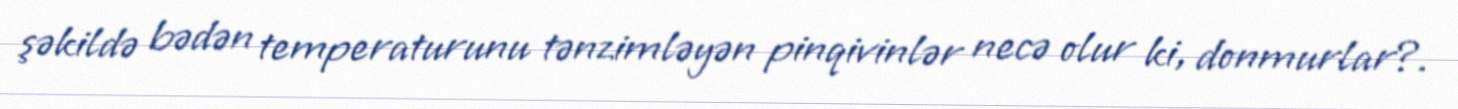
şəkildə bədən temperaturunu tənzimləyən pinqivinlər necə olur ki, donmurlar?.